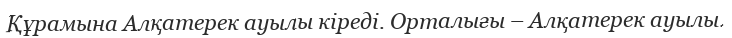
Құрамына Алқатерек ауылы кіреді. Орталығы – Алқатерек ауылы.